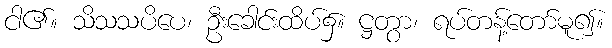
ငါ၏။ သိသသပိပေ၊ ဦးခေါင်းထိပ်၌။ ဋ္ဌတွာ၊ ရပ်တန့်တော်မူ၍။